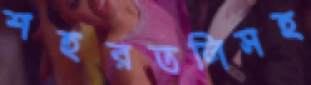
শহরতলিসহ